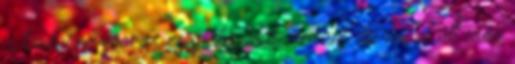
a kedvenc soccer csapatomnak adtam de mivel ott idén